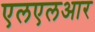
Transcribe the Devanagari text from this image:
एलएलआर